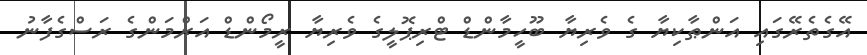
އޭގެތެރޭގައި އަންޠާކިޔާ ގެ ވެރިޔާ ބޫހީމާންޑް ޓްރިޕޮލީގެ ވެރިޔާ ރީމޯންޑް އަރްމަންގެ ރަސްގެފާނު